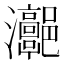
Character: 𤅻